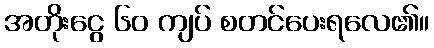
အတိုးငွေ ၆၀ ကျပ် စတင်ပေးရလေ၏။